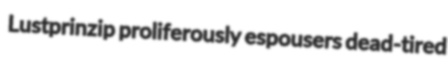
Lustprinzip proliferously espousers dead-tired